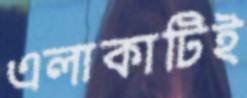
এলাকাটিই